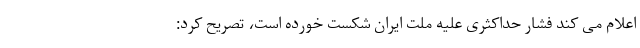
اعلام می کند فشار حداکثری علیه ملت ایران شکست خورده است، تصریح کرد: